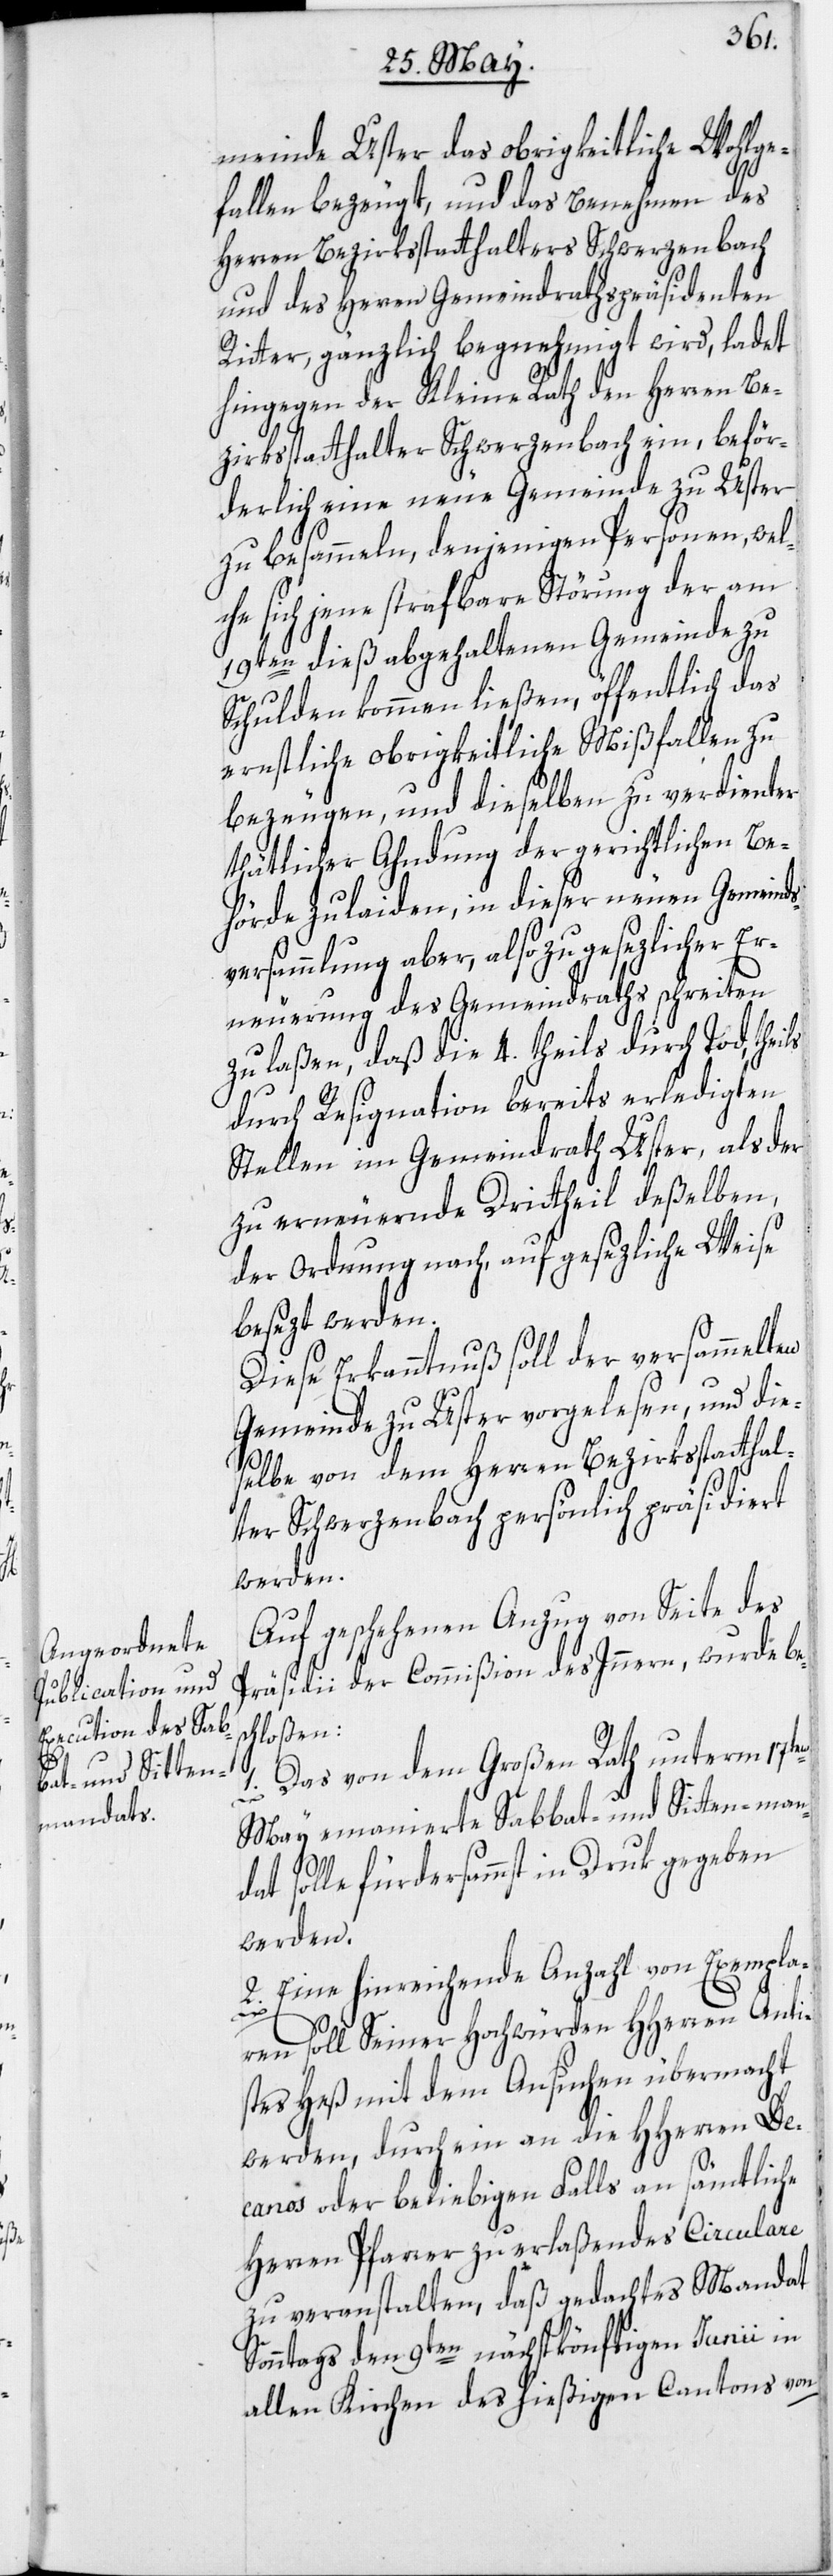
meinde Uster das obrigkeitliche Wohlge¬
fallen bezeugt, und das Benehmen des
Herren Bezirksstatthalters Schwerzenbach
und des Herren Gemeindrathspräsidenten
Ritter, gänzlich begnehmigt wird, ladet
hingegen der Kleine Rath den Herren Be¬
zirksstatthalter Schwerzenbach ein, beför¬
derlich eine neue Gemeinde zu Uster
zu besammeln, denjenigen Personen, wel¬
che sich jene strafbare Störung der am
19ten dieß abgehaltenen Gemeinde zu
Schulden kommen ließen, öffentlich das
ernstliche obrigkeitliche Mißfallen zu
bezeugen, und dieselben zu verdienter
thätlicher Ahndung der gerichtlichen Be¬
hörde zu laiden, in dieser neuen Gemeinds¬
versammlung aber, also zu gesezlicher Er¬
neuerung des Gemeindraths schreiten
zu laßen, daß die 4. theils durch Tod, thei¬
durch Resignation bereits erledigten
Stellen im Gemeindrath Uster, als der
zu erneuernde Drittheil deßelben,
der Ordnung nach, auf gesezliche Weise
besezt werden.
Diese Erkanntnuß soll der versammelten
Gemeinde zu Uster vorgelesen, und die¬
selbe von dem Herren Bezirksstatthal¬
ter Schwerzenbach persönlich präsidiert
werden.
Auf geschehenen Anzug von Seite des
Präsidii der Commißion des Innern, wurde be¬
chloßen:
1. Das von dem Großen Rath unterm 17ten
May emanierte Sabbat- und Sitten-man¬
dat solle fürdersammst in Druk gegeben
werden.
2. Eine hinreichende Anzahl von Exempla¬
s¬
ren soll Seiner Hochwürden HHerren Anti¬
stes Heß mit dem Ansuchen übermacht
werden, durch ein an die HHerren De¬
canos oder beliebigen Falls an sämtliche
Herren Pfarrer zu erlaßendes Circulare
zu veranstalten, daß gedachtes Mandat
Sonntags den 9ten nächstkönftigen Junii in
allen Kirchen des hießigen Cantons von